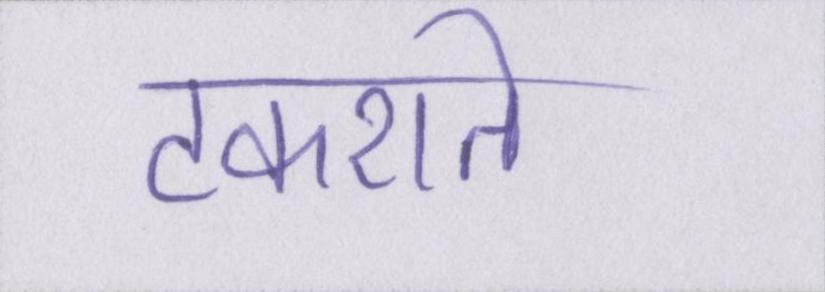
टकराते